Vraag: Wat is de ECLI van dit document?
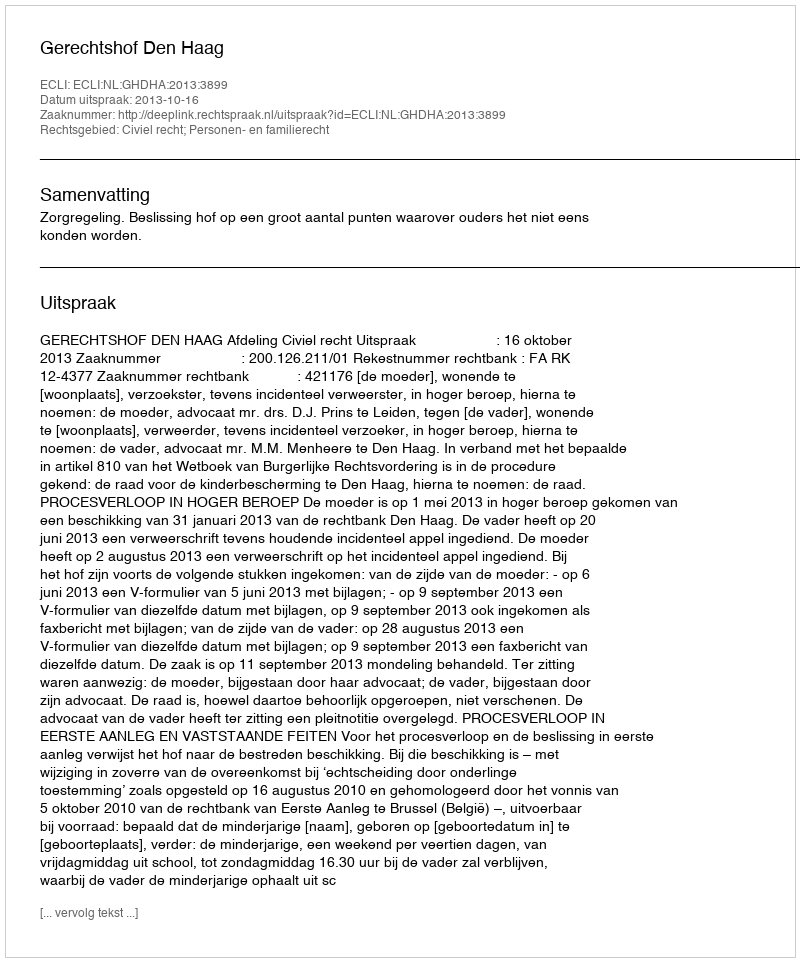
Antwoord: ECLI:NL:GHDHA:2013:3899